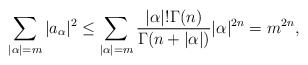
\begin{align*}\sum_{|\alpha|=m}|a_{\alpha}|^2\leq \sum_{|\alpha|=m}\frac{|\alpha|!\Gamma(n)}{\Gamma(n+|\alpha|)}|\alpha|^{2n}=m^{2n},\end{align*}